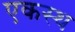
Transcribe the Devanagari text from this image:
एकस्थ